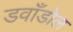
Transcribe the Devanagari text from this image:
डवाँडोल